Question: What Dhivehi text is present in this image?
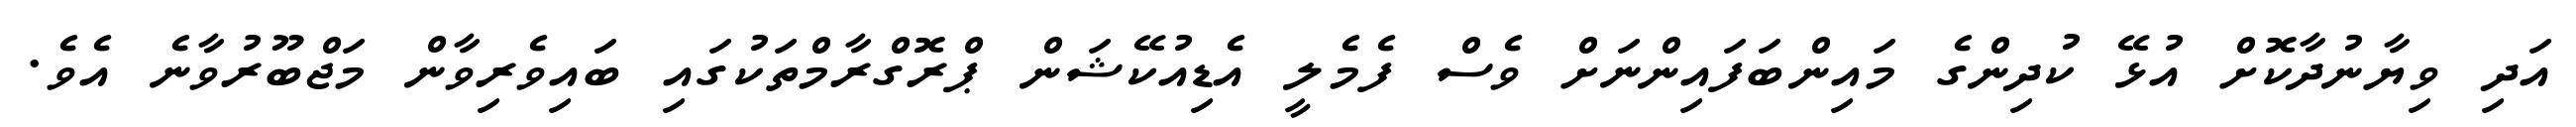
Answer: އަދި ވިޔާނުދާކޮށް އުޅޭ ކުދިންގެ މައިންބަފައިންނަށް ވެސް ފެމެލީ އެޑިއުކޭޝަން ޕްރޮގްރާމްތަކުގައި ބައިވެރިވާން މަޖްބޫރުވާނެ އެވެ.